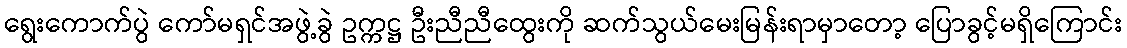
ရွေးကောက်ပွဲ ကော်မရှင်အဖွဲ့ခွဲ ဥက္ကဋ္ဌ ဦးညီညီထွေးကို ဆက်သွယ်မေးမြန်းရာမှာတော့ ပြောခွင့်မရှိကြောင်း